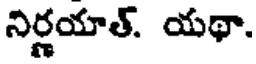
నిర్ణయాత్. యథా.